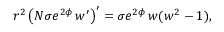
r ^ { 2 } \left( N \sigma e ^ { 2 \phi } \, w ^ { \prime } \right) ^ { \prime } = \sigma e ^ { 2 \phi } \, w ( w ^ { 2 } - 1 ) ,